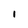
Character: i